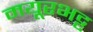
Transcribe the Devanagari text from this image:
मयूरभट्ट